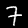
Digit: 7